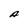
Character: A